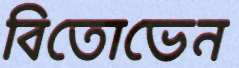
বিতোভেন